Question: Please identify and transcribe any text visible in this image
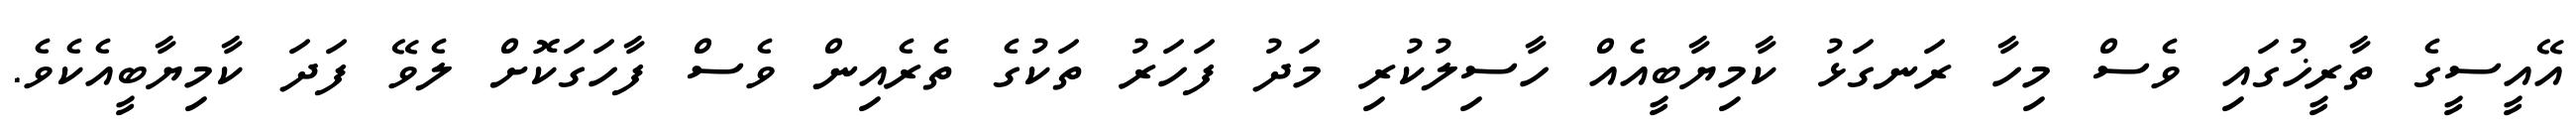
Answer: އޭއީސީގެ ތާރީޚުގައި ވެސް މިހާ ރަނގަޅު ކާމިޔާބީއެއް ހާސިލުކުރި މަދު ފަހަރު ތަކުގެ ތެރެއިން ވެސް ފާހަގަކޮށް ލެވޭ ފަދަ ކާމިޔާބީއެކެވެ.